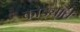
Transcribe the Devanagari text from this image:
कोड्यात